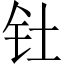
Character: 钍